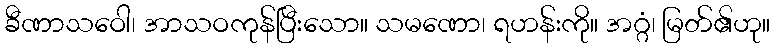
ခီဏာသဝေါ၊ အာသဝကုန်ပြီးသော။ သမဏော၊ ရဟန်းကို။ အဂ္ဂံ၊ မြတ်၏ဟု။